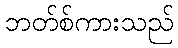
ဘတ်စ်ကားသည်